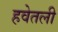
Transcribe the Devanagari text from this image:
हवेतली